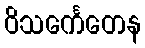
ဝိသင်္ကေတေန